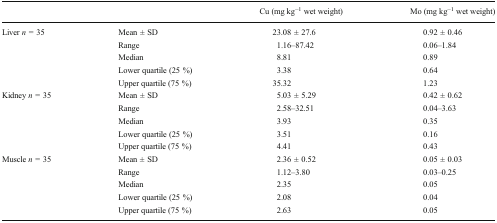
|  |  | Cu (mg∙kg−1 wet weight) | Mo (mg∙kg−1 wet weight) |
 | --- | --- | --- | --- |
 | <ROWSPAN=5> Liver n = 35 | Mean ± SD | 23.08 ± 27.6 | 0.92 ± 0.46 |
 | Range | 1.16–87.42 | 0.06–1.84 |
 | Median | 8.81 | 0.89 |
 | Lower quartile (25 %) | 3.38 | 0.64 |
 | Upper quartile (75 %) | 35.32 | 1.23 |
 | <ROWSPAN=5> Kidney n = 35 | Mean ± SD | 5.03 ± 5.29 | 0.42 ± 0.62 |
 | Range | 2.58–32.51 | 0.04–3.63 |
 | Median | 3.93 | 0.35 |
 | Lower quartile (25 %) | 3.51 | 0.16 |
 | Upper quartile (75 %) | 4.41 | 0.43 |
 | <ROWSPAN=5> Muscle n = 35 | Mean ± SD | 2.36 ± 0.52 | 0.05 ± 0.03 |
 | Range | 1.12–3.80 | 0.03–0.25 |
 | Median | 2.35 | 0.05 |
 | Lower quartile (25 %) | 2.08 | 0.04 |
 | Upper quartile (75 %) | 2.63 | 0.05 |